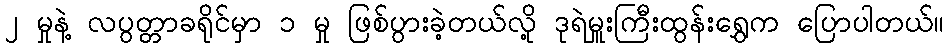
၂ မှုနဲ့ လပွတ္တာခရိုင်မှာ ၁ မှု ဖြစ်ပွားခဲ့တယ်လို့ ဒုရဲမှူးကြီးထွန်းရွှေက ပြောပါတယ်။